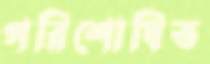
পরিশোধিত